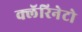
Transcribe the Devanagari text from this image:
क्लॅरिनेटो